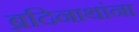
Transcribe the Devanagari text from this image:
ब्रदिनाथांना